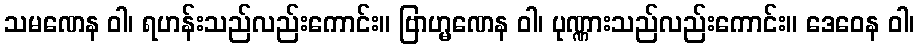
သမဏေန ဝါ၊ ရဟန်းသည်လည်းကောင်း။ ဗြာဟ္မဏေန ဝါ၊ ပုဏ္ဏားသည်လည်းကောင်း။ ဒေဝေန ဝါ၊